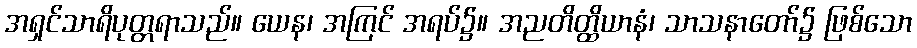
အရှင်သာရိပုတ္တရာသည်။ ယေန၊ အကြင် အရပ်၌။ အညတိတ္ထိယာနံ၊ သာသနာတော်၌ ဖြစ်သော